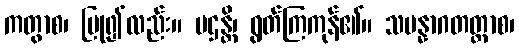
ကတွာစ၊ ပြု၍လည်း။ ပဌန္တိ၊ ရွတ်ကြကုန်၏။ သမန္နာဂတတ္တာစ၊